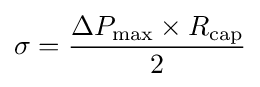
\sigma ={\frac {\Delta P_{\rm {max}}\times R_{\rm {cap}}}{2}}